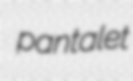
pantalet